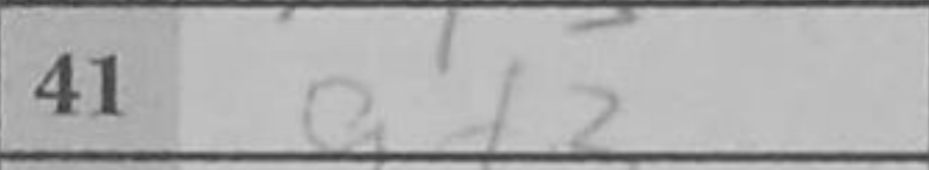
Transcription: g3